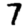
Digit: 7